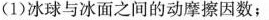
(1)冰球与冰面之间的动摩擦因数；